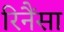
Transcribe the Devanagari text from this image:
रिनैंसा